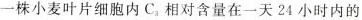
一株小麦叶片细胞内C_{3}相对含量在一天24小时内的